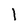
Character: l